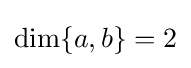
{\text{dim}}\{a,b\}=2